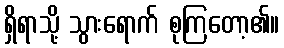
ရှိရာသို့ သွားရောက် စုကြတော့၏။